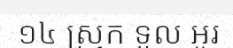
១៤ ស្រុក ទួល អូរ